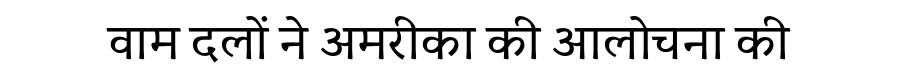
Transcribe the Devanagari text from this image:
वाम दलों ने अमरीका की आलोचना की